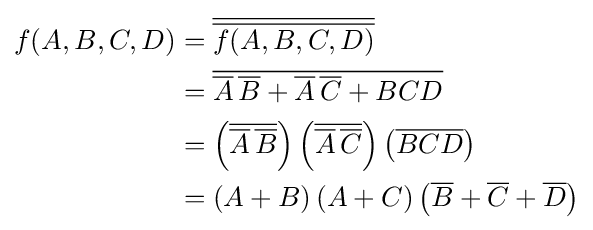
{\begin{aligned}f(A,B,C,D)&={\overline {\overline {f(A,B,C,D)}}}\\&={\overline {{\overline {A}}\,{\overline {B}}+{\overline {A}}\,{\overline {C}}+BCD}}\\&=\left({\overline {{\overline {A}}\,{\overline {B}}}}\right)\left({\overline {{\overline {A}}\,{\overline {C}}}}\right)\left({\overline {BCD}}\right)\\&=\left(A+B\right)\left(A+C\right)\left({\overline {B}}+{\overline {C}}+{\overline {D}}\right)\end{aligned}}